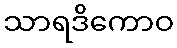
သာရဒိကောဝ